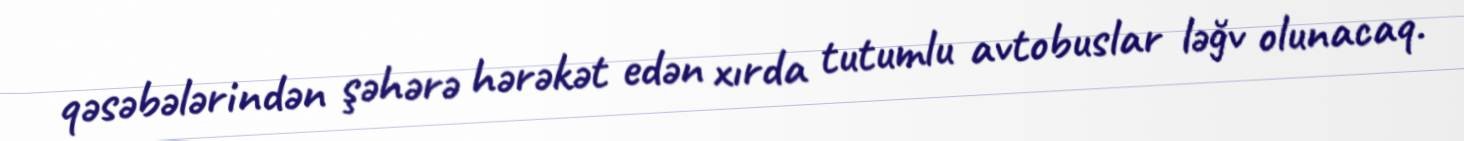
qəsəbələrindən şəhərə hərəkət edən xırda tutumlu avtobuslar ləğv olunacaq.